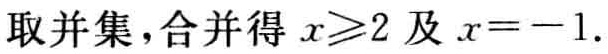
取并集，合并得 \(x\geqslant2\) 及 \(x = - 1\).